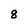
Character: 8